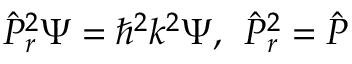
\hat { P } _ { r } ^ { 2 } \Psi = \hbar ^ { 2 } k ^ { 2 } \Psi , \; \, \hat { P } _ { r } ^ { 2 } = \hat { P }